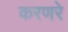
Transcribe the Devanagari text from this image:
करणरे